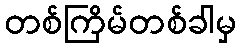
တစ်ကြိမ်တစ်ခါမှ